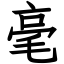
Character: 毫